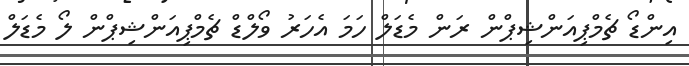
އިންޑޯ ޗެމްޕިއަންޝިޕްން ރަން މެޑަލް ހަމަ އެހަރު ވޯލްޑް ޗެމްޕިއަންޝިޕްން ލޯ މެޑަލް